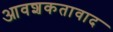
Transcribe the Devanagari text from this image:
आवशकतावाद